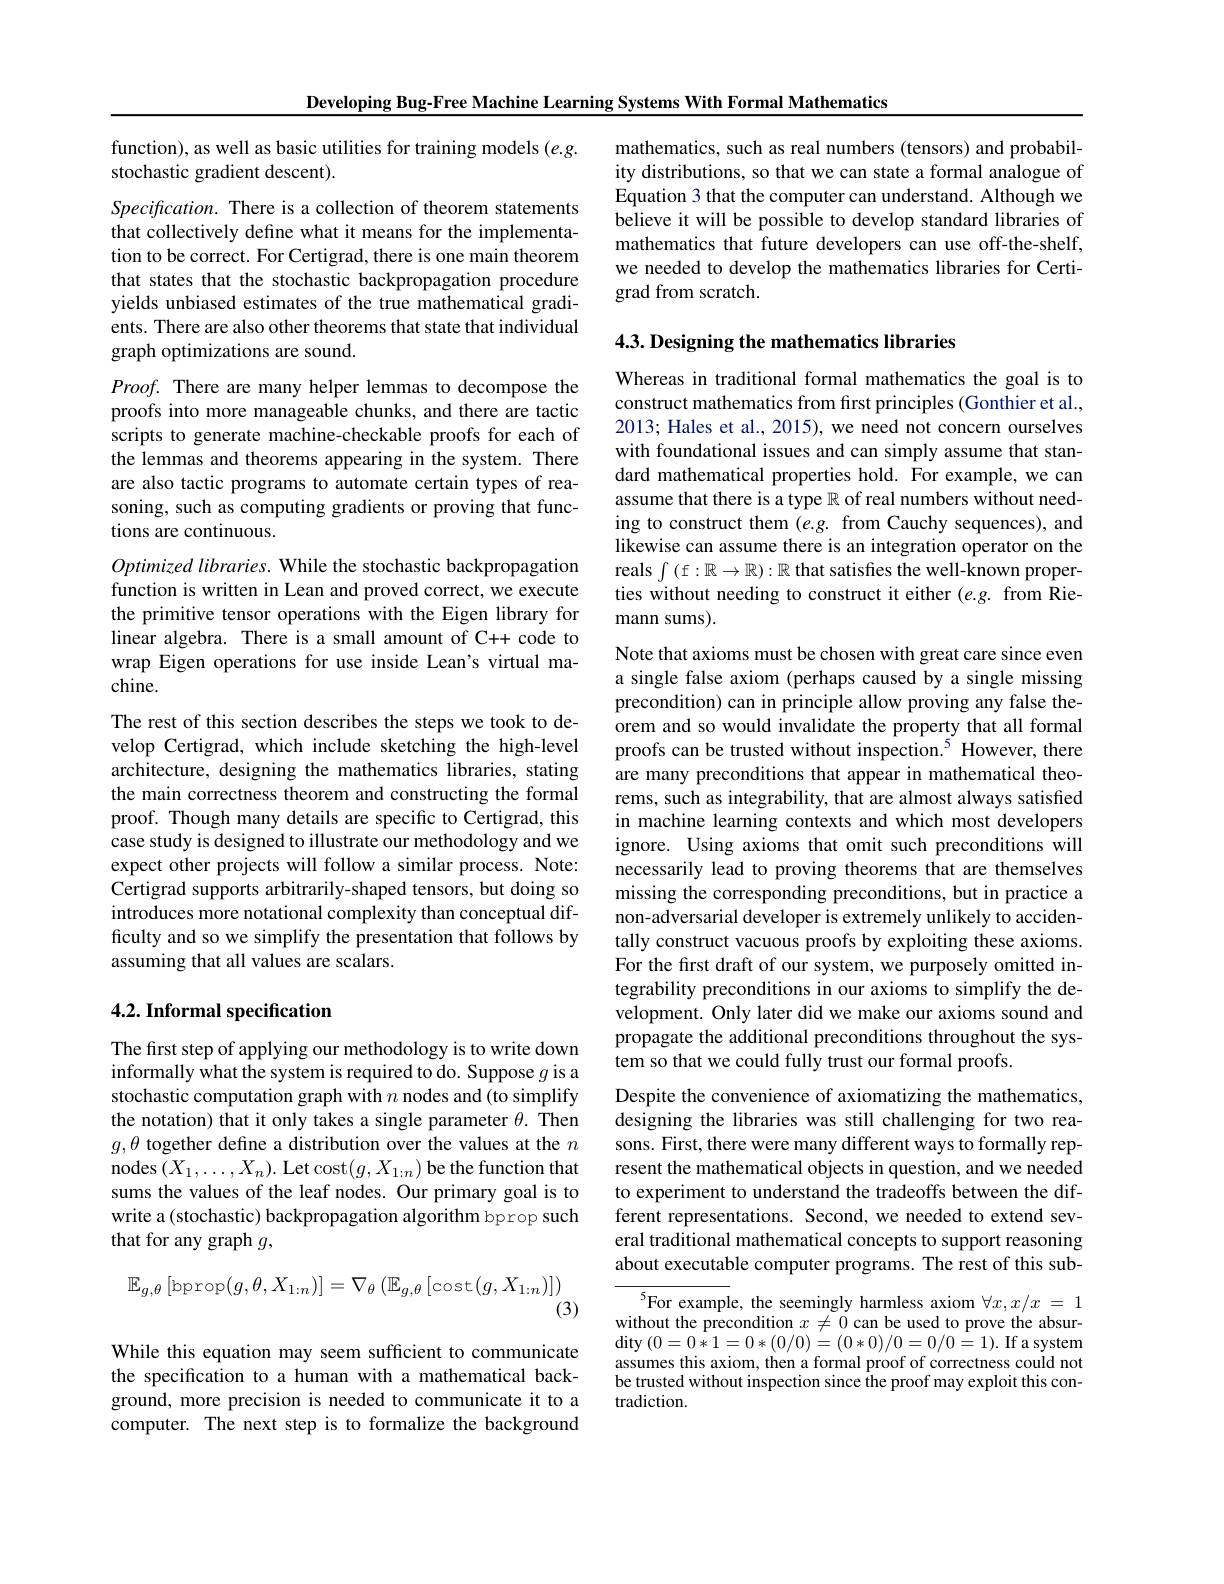
Developing Bug-Free Machine Learning Systems With Formal Mathematics

function), as well as basic utilities for training models (e.g.
stochastic gradient descent).

Specification. There is a collection of theorem statements that collectively define what it means for the implementation to be correct. For Certigrad, there is one main theorem that states that the stochastic backpropagation procedure yields unbiased estimates of the true mathematical gradients. There are also other theorems that state that individual graph optimizations are sound.

$Proof.$ There are many helper lemmas to decompose the proofs into more manageable chunks, and there are tactic scripts to generate machine-checkable proofs for each of the lemmas and theorems appearing in the system. There are also tactic programs to automate certain types of reasoning, such as computing gradients or proving that functions are continuous.

Optimized libraries. While the stochastic backpropagation function is written in Lean and proved correct, we execute the primitive tensor operations with the Eigen library for linear algebra. There is a small amount of C++ code to wrap Eigen operations for use inside Lean's virtual machine.
The rest of this section describes the steps we took to develop Certigrad, which include sketching the high-level architecture, designing the mathematics libraries, stating the main correctness theorem and constructing the formal proof. Though many details are specific to Certigrad, this case study is designed to illustrate our methodology and we expect other projects will follow a similar process. Note: Certigrad supports arbitrarily-shaped tensors, but doing so introduces more notational complexity than conceptual difficulty and so we simplify the presentation that follows by assuming that all values are scalars.

## $4. 2. \textbf{ Informal specification}$

The first step of applying our methodology is to write down informally what the system is required to do. Suppose $g$ is a stochastic computation graph with $n$ nodes and (to simplify the notation) that it only takes a single parameter $\theta.$ Then $g,\theta$ together define a distribution over the values at the $n$ nodes $(X_1,\ldots,X_n).$ Let cost$(g,X_1:n)$ be the function that sums the values of the leaf nodes. Our primary goal is to write a(stochastic) backpropagation algorithm bprop such that for any graph $g$,
$$\mathbb{E}_{g,\theta}\left[\mathrm{bprop}(g,\theta,X_{1:n})\right]=\nabla_{\theta}\left(\mathbb{E}_{g,\theta}\left[\mathrm{cost}(g,X_{1:n})\right]\right)$$
(3)

While this equation may seem sufficient to communicate the specification to a human with a mathematical background, more precision is needed to communicate it to a computer. The next step is to formalize the background

mathematics, such as real numbers (tensors) and probability distributions, so that we can state a formal analogue of Equation 3 that the computer can understand. Although we believe it will be possible to develop standard libraries of mathematics that future developers can use off-the-shelf, we needed to develop the mathematics libraries for Certigrad from scratch.

4.3. Designing the mathematics libraries

Whereas in traditional formal mathematics the goal is to construct mathematics from frst principles (Gonthier et al., 2013; Hales et al., 2015), we need not concern ourselves with foundational issues and can simply assume that standard mathematical properties hold. For example, we can assume that there is a type $\mathbb{R}$ of real numbers without needing to construct them $(e.g.$ from Cauchy sequences), and likewise can assume there is an integration operator on the reals $\int($f$:\mathbb{R}\to\mathbb{R}):\mathbb{R}$ that satisfies the well-known properties without needing to construct it either (e.g. from Riemann sums).

Note that axioms must be chosen with great care since even a single false axiom (perhaps caused by a single missing precondition) can in principle allow proving any false theorem and so would invalidate the property that all formal proofs can be trusted without inspection.$^{5}$ However, there are many preconditions that appear in mathematical theorems, such as integrability, that are almost always satisfied in machine learning contexts and which most developers ignore. Using axioms that omit such preconditions will necessarily lead to proving theorems that are themselves missing the corresponding preconditions, but in practice a non-adversarial developer is extremely unlikely to accidentally construct vacuous proofs by exploiting these axioms. For the first draft of our system, we purposely omitted integrability preconditions in our axioms to simplify the development. Only later did we make our axioms sound and propagate the additional preconditions throughout the system so that we could fully trust our formal proofs.
Despite the convenience of axiomatizing the mathematics, designing the libraries was still challenging for two reasons. First, there were many different ways to formally represent the mathematical objects in question, and we needed to experiment to understand the tradeoffs between the different representations. Second, we needed to extend several traditional mathematical concepts to support reasoning about executable computer programs. The rest of this sub-

${^{5}\text{For example, the seemingly harmless axiom }\forall x,x/x=1}$ without the precondition $x\neq0$ can be used to prove the absur- $\operatorname{dity}\left(0=0*1=0*(0/0)=(0*0)/0=0/0=1\right).$If a system assumes this axiom, then a formal proof of correctness could not be trusted without inspection since the proof may exploit this contradiction.